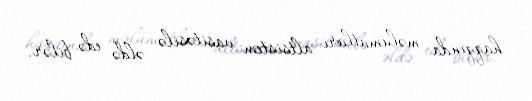
haqqında məlumatları altsistem vasitəsilə əldə edə bilər.